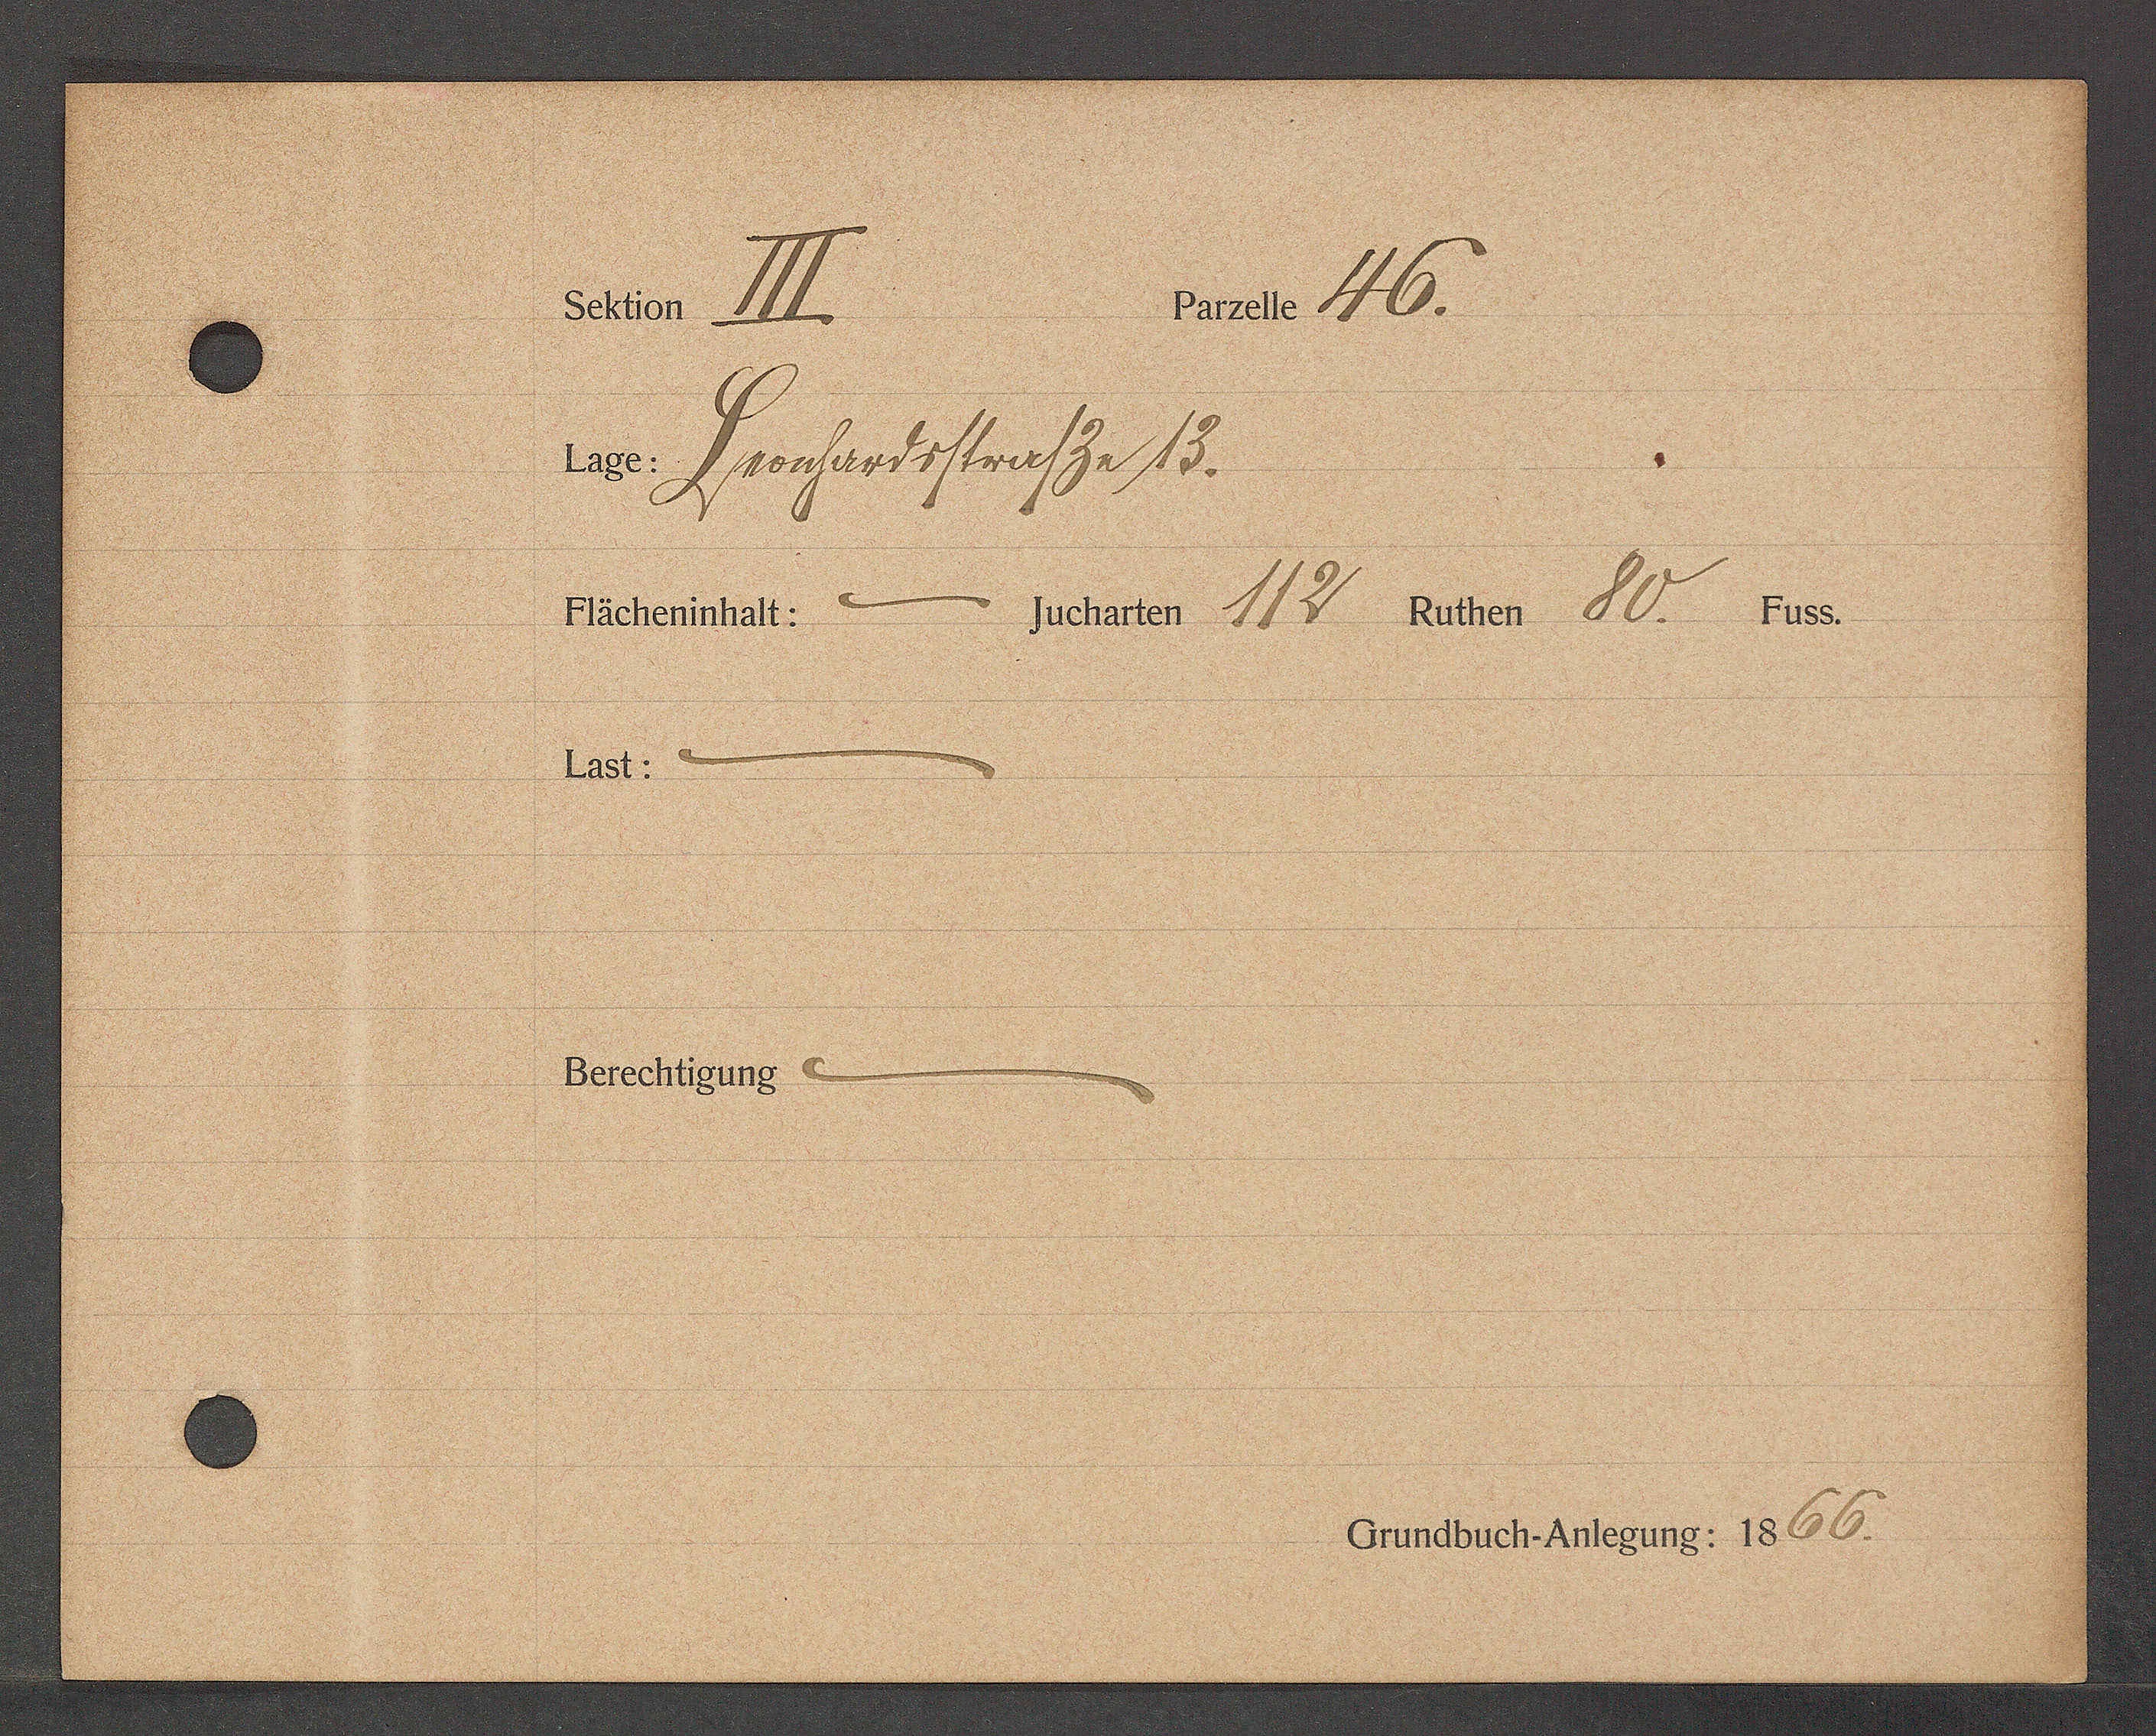
Transcript:
svnete 46.
seher ℔
20e Lrocfertsstruser 13.
sehaser 112 nuser 80. 1i5.
Dächeninhalt:
1951.
Berechtiguss

Crundbuch Antegung: 1566.